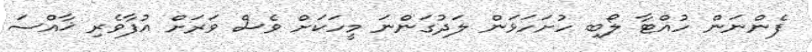
ފެންނަން ހުއްޓާ ލޯބި ހުށަހަޅަން ލަދުގަންނަ މީހަކަށް ވެސް ވަރަށް އުފާވެރި ޚާއްސަ